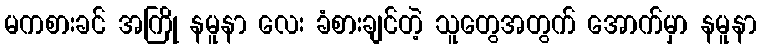
မကစားခင် အကြို နမူနာ လေး ခံစားချင်တဲ့ သူတွေအတွက် အောက်မှာ နမူနာ